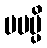
မမမ္ပိ